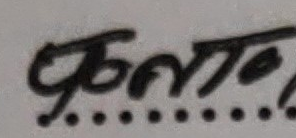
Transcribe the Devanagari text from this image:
चुम्लाओ